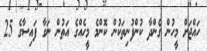
ހައްޖަށް މީހުން ގެންދާ ކުންފުނިތަކުން ކޮންމެ މީހެއްގެ އަތުން ނަގާ ފައިސާގެ 25